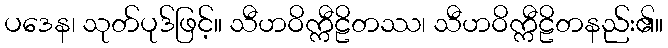
ပဒေန၊ သုတ်ပုဒ်ဖြင့်။ သီဟဝိက္ကီဠိတဿ၊ သီဟဝိက္ကီဠိတနည်း၏။